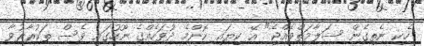
ހެކި ނެތިގެން ސަލާމަތްވެއްޖެ" އޭ ކިޔައި ކޮންމެ ދުވަހެއްގެ ނޫހުގައި ވެސް ތަކުރާރުވާ